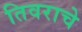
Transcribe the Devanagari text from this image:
तिवराचे